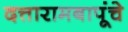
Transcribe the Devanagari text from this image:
दत्तारामबापूंचे